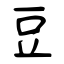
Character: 豆